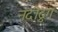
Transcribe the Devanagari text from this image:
नंदीद्रुग